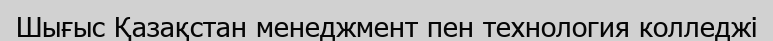
Шығыс Қазақстан менеджмент пен технология колледжі